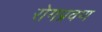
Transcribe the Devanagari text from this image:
रोगप्रवण